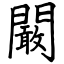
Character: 闞